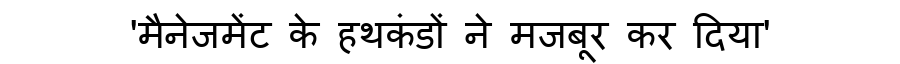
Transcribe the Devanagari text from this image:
'मैनेजमेंट के हथकंडों ने मजबूर कर दिया'